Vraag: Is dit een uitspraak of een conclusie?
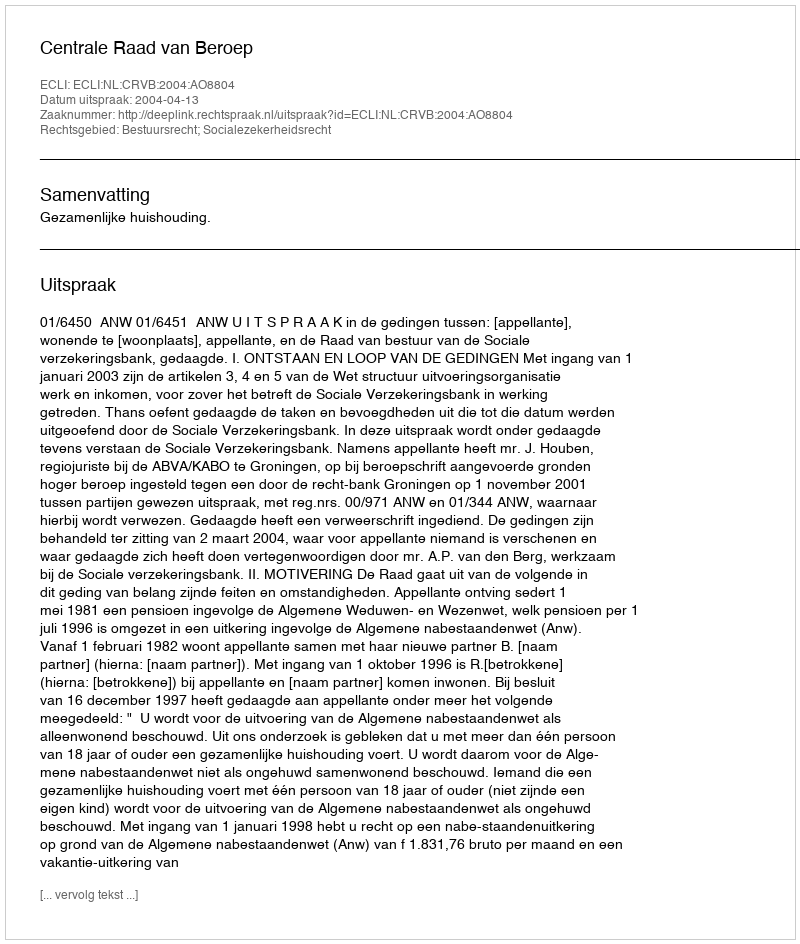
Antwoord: Uitspraak